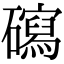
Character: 𥖽